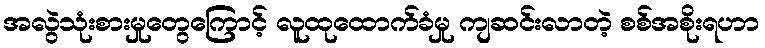
အလွဲသုံးစားမှုတွေကြောင့် လူထုထောက်ခံမှု ကျဆင်းလာတဲ့ စစ်အစိုးရဟာ